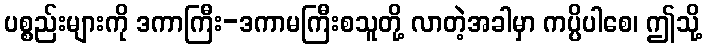
ပစ္စည်းများကို ဒကာကြီး-ဒကာမကြီးစသူတို့ လာတဲ့အခါမှာ ကပ္ပိပါစေ၊ ဤသို့